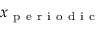
x _ { \mathrm { ~ p ~ e ~ r ~ i ~ o ~ d ~ i ~ c ~ } }